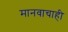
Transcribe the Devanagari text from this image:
मानवाचाही